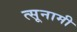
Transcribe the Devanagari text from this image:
त्सूनामी